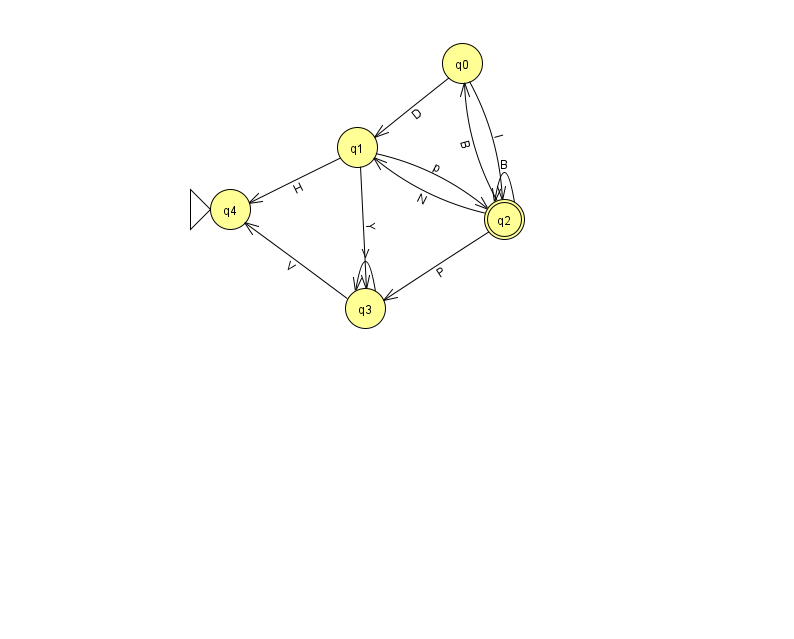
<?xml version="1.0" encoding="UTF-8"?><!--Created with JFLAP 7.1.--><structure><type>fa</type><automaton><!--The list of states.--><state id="0" name="q0"><x>462.0</x><y>50.0</y></state><state id="1" name="q1"><x>357.0</x><y>134.0</y></state><state id="2" name="q2"><x>504.0</x><y>206.0</y><final/></state><state id="3" name="q3"><x>365.0</x><y>295.0</y></state><state id="4" name="q4"><x>230.0</x><y>196.0</y><initial/></state><!--The list of transitions.--><transition><from>1</from><to>2</to><read>p</read></transition><transition><from>0</from><to>1</to><read>D</read></transition><transition><from>2</from><to>2</to><read>B</read></transition><transition><from>2</from><to>3</to><read>P</read></transition><transition><from>2</from><to>0</to><read>B</read></transition><transition><from>1</from><to>4</to><read>H</read></transition><transition><from>3</from><to>3</to><read>V</read></transition><transition><from>1</from><to>3</to><read>Y</read></transition><transition><from>3</from><to>4</to><read>V</read></transition><transition><from>0</from><to>2</to><read>I</read></transition><transition><from>2</from><to>1</to><read>N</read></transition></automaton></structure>